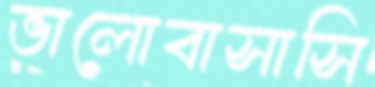
ভালোবাসাসি